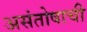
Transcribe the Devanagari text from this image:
असंतोषाची